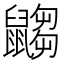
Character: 𪕾